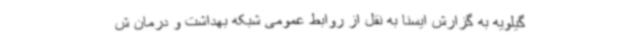
گیلویه به گزارش ایسنا به نقل از روابط عمومی شبکه بهداشت و درمان ش